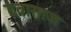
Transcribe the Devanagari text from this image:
दवासाज